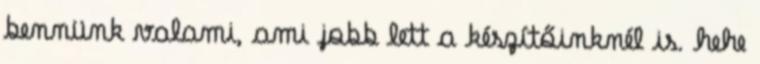
bennünk valami, ami jobb lett a készítőinknél is. hehe